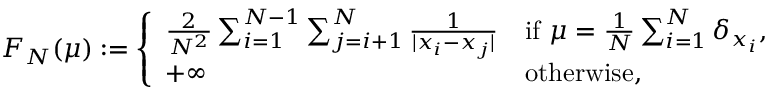
\begin{array} { r } { F _ { N } ( \mu ) : = \left\{ \begin{array} { l l } { { \frac { 2 } { N ^ { 2 } } } \sum _ { i = 1 } ^ { N - 1 } \sum _ { j = i + 1 } ^ { N } { \frac { 1 } { | x _ { i } - x _ { j } | } } } & { \mathrm { i f } \ \mu = { \frac { 1 } { N } } \sum _ { i = 1 } ^ { N } \delta _ { x _ { i } } , } \\ { + \infty } & { \mathrm { o t h e r w i s e } , } \end{array} \right. } \end{array}